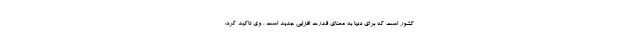
کشور است که برای دنیا به معنای قدرت افزایی جدید است . وی تاکید کرد: